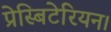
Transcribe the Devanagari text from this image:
प्रेस्बिटेरियन।